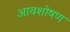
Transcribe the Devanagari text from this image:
आवशोषण